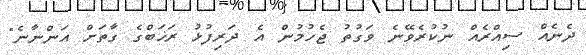
ދެނެއް ސިއްރެއް ނުކުރެވޭނެ ވަގުތު ޖެހުމުން އެ ދަރިފުޅު ރަޚަބްގެ ގާތަށް އަންނާނެ"